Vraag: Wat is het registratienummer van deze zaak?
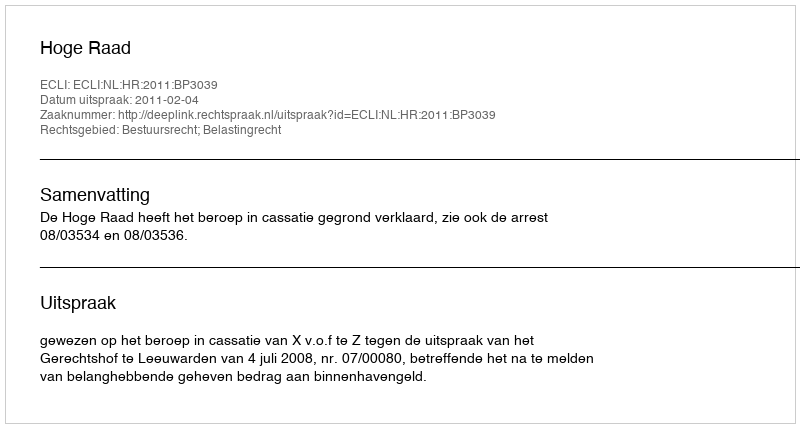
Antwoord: http://deeplink.rechtspraak.nl/uitspraak?id=ECLI:NL:HR:2011:BP3039